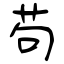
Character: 苟